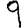
Digit: 9